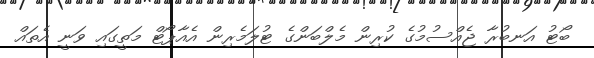
ބޯޓު އަނބުރާ ޖެއްސުމުގެ ކުރިން މެލްބަންގެ ޓުލަމެރިން އެއާޕޯޓް މަތީގައި ވަނީ އެތައް